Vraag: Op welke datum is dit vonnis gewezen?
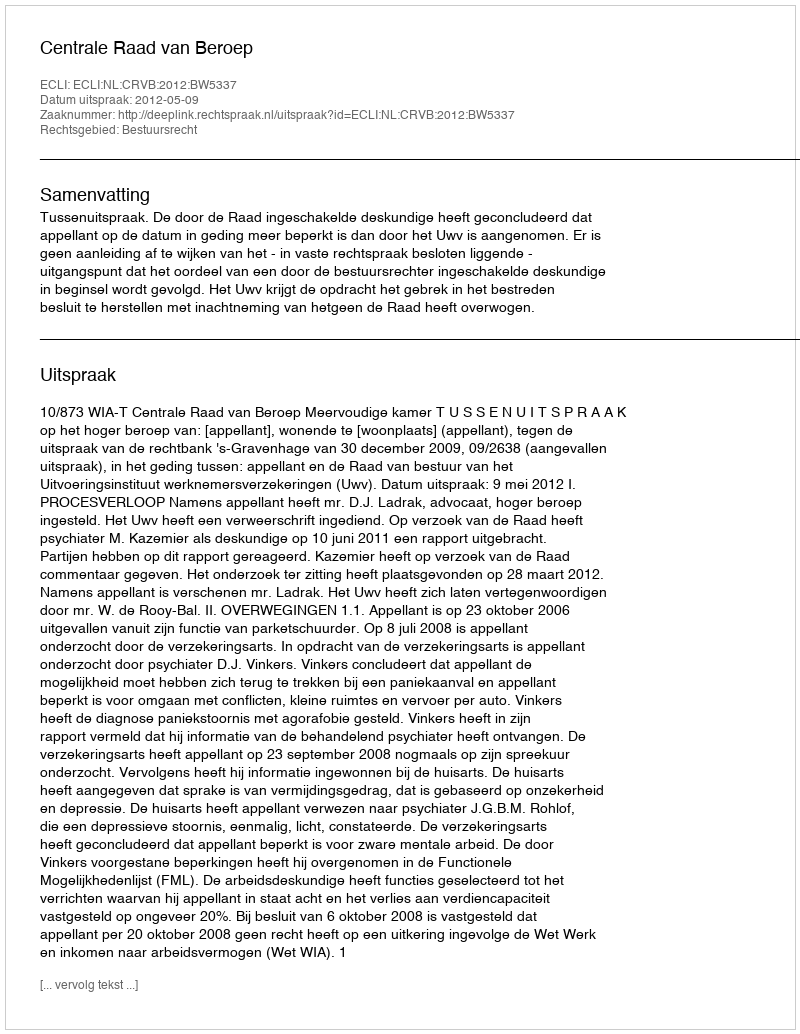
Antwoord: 2012-05-09